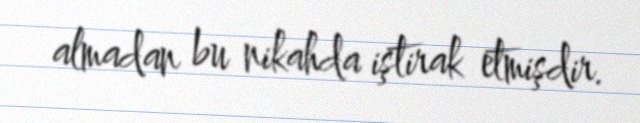
almadan bu nikahda iştirak etmişdir.